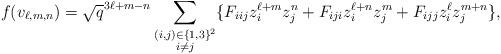
LaTeX: \begin{align*}f(v_{\ell,m,n})=\sqrt{q}^{3\ell+m-n}&\sum_{\substack{(i,j)\in\{1,3\}^2\\ i\neq j}}\{F_{iij}z_i^{\ell+m}z_j^n+F_{iji}z_i^{\ell+n}z_j^m+F_{ijj}z_i^\ell z_j^{m+n}\},\\\end{align*}